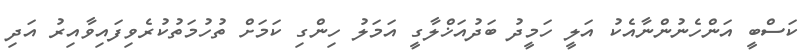
ކަސްބީ އަންހެނުންނާއެކު އަލީ ހަމީދު ބަދުއަޚްލާގީ އަމަލު ހިންގި ކަމަށް ތުހުމަތުކުރެވިފައިވާއިރު އަދި